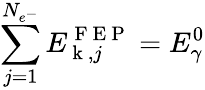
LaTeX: \sum_{j=1}^{N_{e^{-}}}E_{\mathrm{~k~},j}^{\mathrm{~F~E~P~}}=E_{\gamma}^{0}